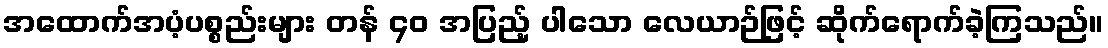
အထောက်အပံ့ပစ္စည်းများ တန် ၄၀ အပြည့် ပါသော လေယာဉ်ဖြင့် ဆိုက်ရောက်ခဲ့ကြသည်။